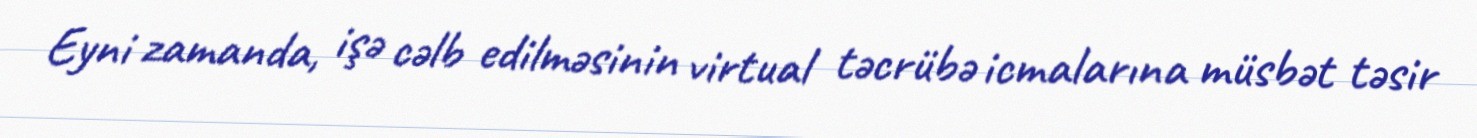
Eyni zamanda, işə cəlb edilməsinin virtual təcrübə icmalarına müsbət təsir